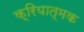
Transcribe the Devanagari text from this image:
क्रियात्‍मक